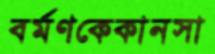
বর্মণকেকানসা